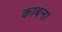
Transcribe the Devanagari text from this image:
काबना